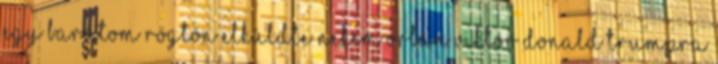
Egy barátom rögtön elküldte nekem Orbán Viktor Donald Trumpra